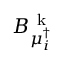
B _ { \mu _ { i } ^ { \dagger } } ^ { \mathrm { ~ k ~ } }